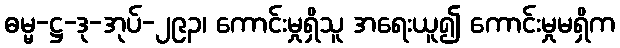
ဓမ္မ-ဋ္ဌ-ဒု-အုပ်-၂၉၃၊ ကောင်းမှုရှိသူ အရေးယူ၍ ကောင်းမှုမရှိက